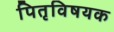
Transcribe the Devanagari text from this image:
पितृविषयक